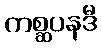
ကစ္ဆပနဒီ